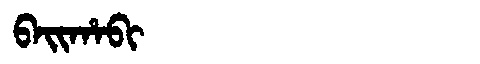
Manchu: ᠪᠠᡳᡥᠠᠪᡳ
Romanization: BAIHABI